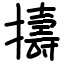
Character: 擣